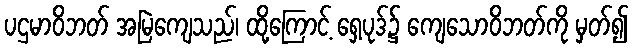
ပဌမာဝိဘတ် အမြဲကျေသည်၊ ထို့ကြောင့် ရှေ့ပုဒ်၌ ကျေသောဝိဘတ်ကို မှတ်၍